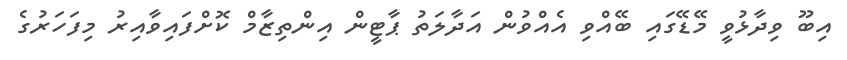
އިބޫ ވިދާޅުވީ މޭޑޭގައި ބޭއްވި އެއްވުން އަދާލަތު ޕާޓީން އިންތިޒާމް ކޮށްފައިވާއިރު މިފަހަރުގެ